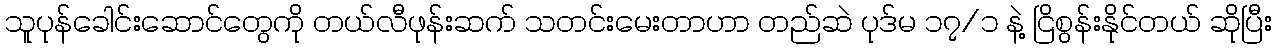
သူပုန်ခေါင်းဆောင်တွေကို တယ်လီဖုန်းဆက် သတင်းမေးတာဟာ တည်ဆဲ ပုဒ်မ ၁၇/၁ နဲ့ ငြိစွန်းနိုင်တယ် ဆိုပြီး